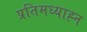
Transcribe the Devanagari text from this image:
प्रतिमध्याह्न